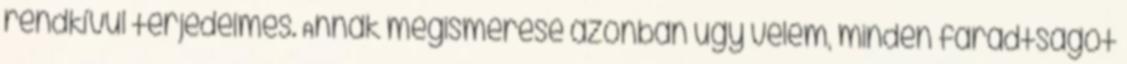
rendkívül terjedelmes. Annak megismerése azonban úgy vélem, minden fáradtságot